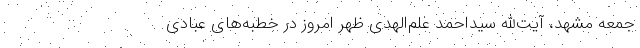
جمعه مشهد، آیت‌الله سیداحمد علم‌الهدی ظهر امروز در خطبه‌های عبادی